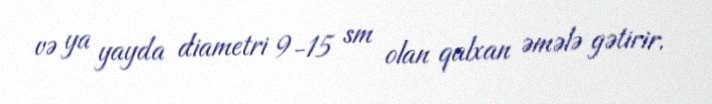
və ya yayda diametri 9-15 sm olan qalxan əmələ gətirir.